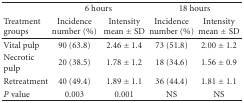
<table><thead><tr><td></td><td colspan="2"><b>6 hours</b></td><td colspan="2"><b>18 hours</b></td></tr><tr><td><b>Treatment groups</b></td><td><b>Incidence number (%)</b></td><td><b>Intensitymean ± SD</b></td><td><b>Incidence number (%)</b></td><td><b>Intensitymean ± SD </b></td></tr></thead><tbody><tr><td>Vital pulp</td><td>90 (63.8)</td><td>2.46 ± 1.4</td><td>73 (51.8)</td><td>2.00 ± 1.2</td></tr><tr><td>Necrotic pulp</td><td>20 (38.5)</td><td>1.78 ± 1.2</td><td>18 (34.6)</td><td>1.56 ± 0.9</td></tr><tr><td>Retreatment</td><td>40 (49.4)</td><td>1.89 ± 1.1</td><td>36 (44.4)</td><td>1.81 ± 1.1</td></tr><tr><td><i>P</i> value</td><td>0.003</td><td>0.001</td><td>NS</td><td>NS</td></tr></tbody></table>